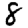
Digit: 8